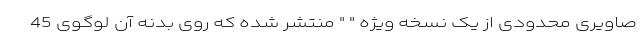
صاویری محدودی از یک نسخه ویژه " " منتشر شده که روی بدنه آن لوگوی 45